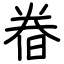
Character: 𣇃